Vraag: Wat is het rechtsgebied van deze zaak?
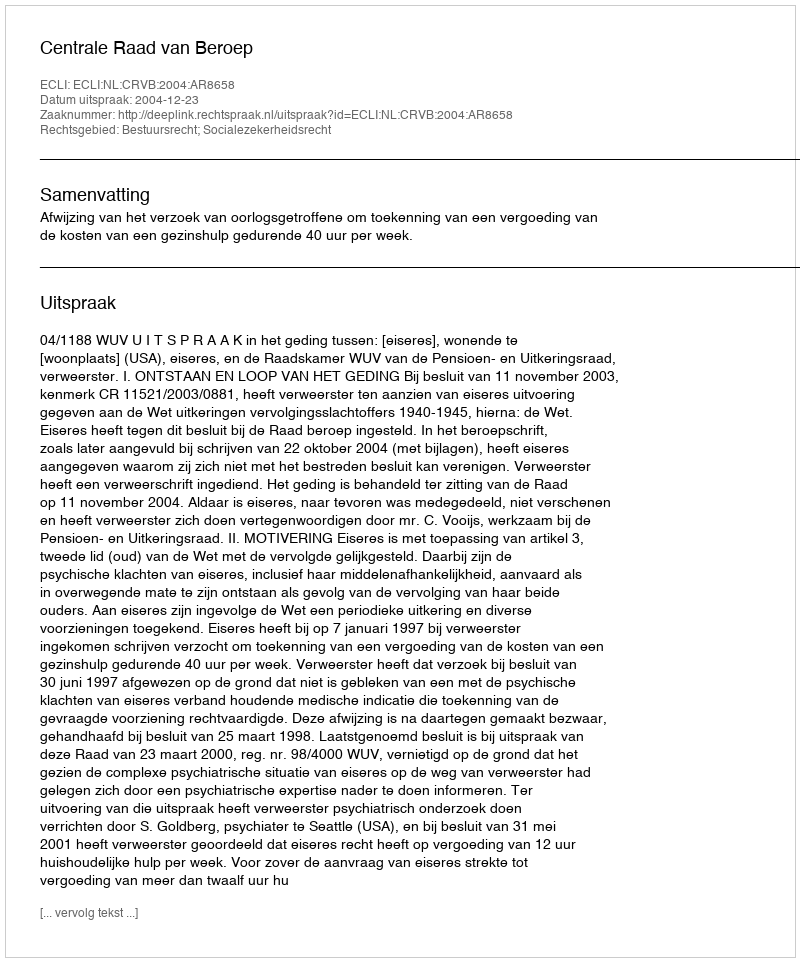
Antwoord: Bestuursrecht; Socialezekerheidsrecht